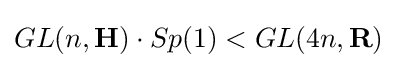
GL(n,\mathbf {H} )\cdot Sp(1)<GL(4n,\mathbf {R} )